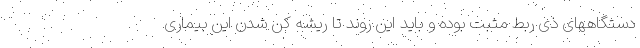
دستگاههای ذی ربط مثبت بوده و باید این روند تا ریشه کن شدن این بیماری